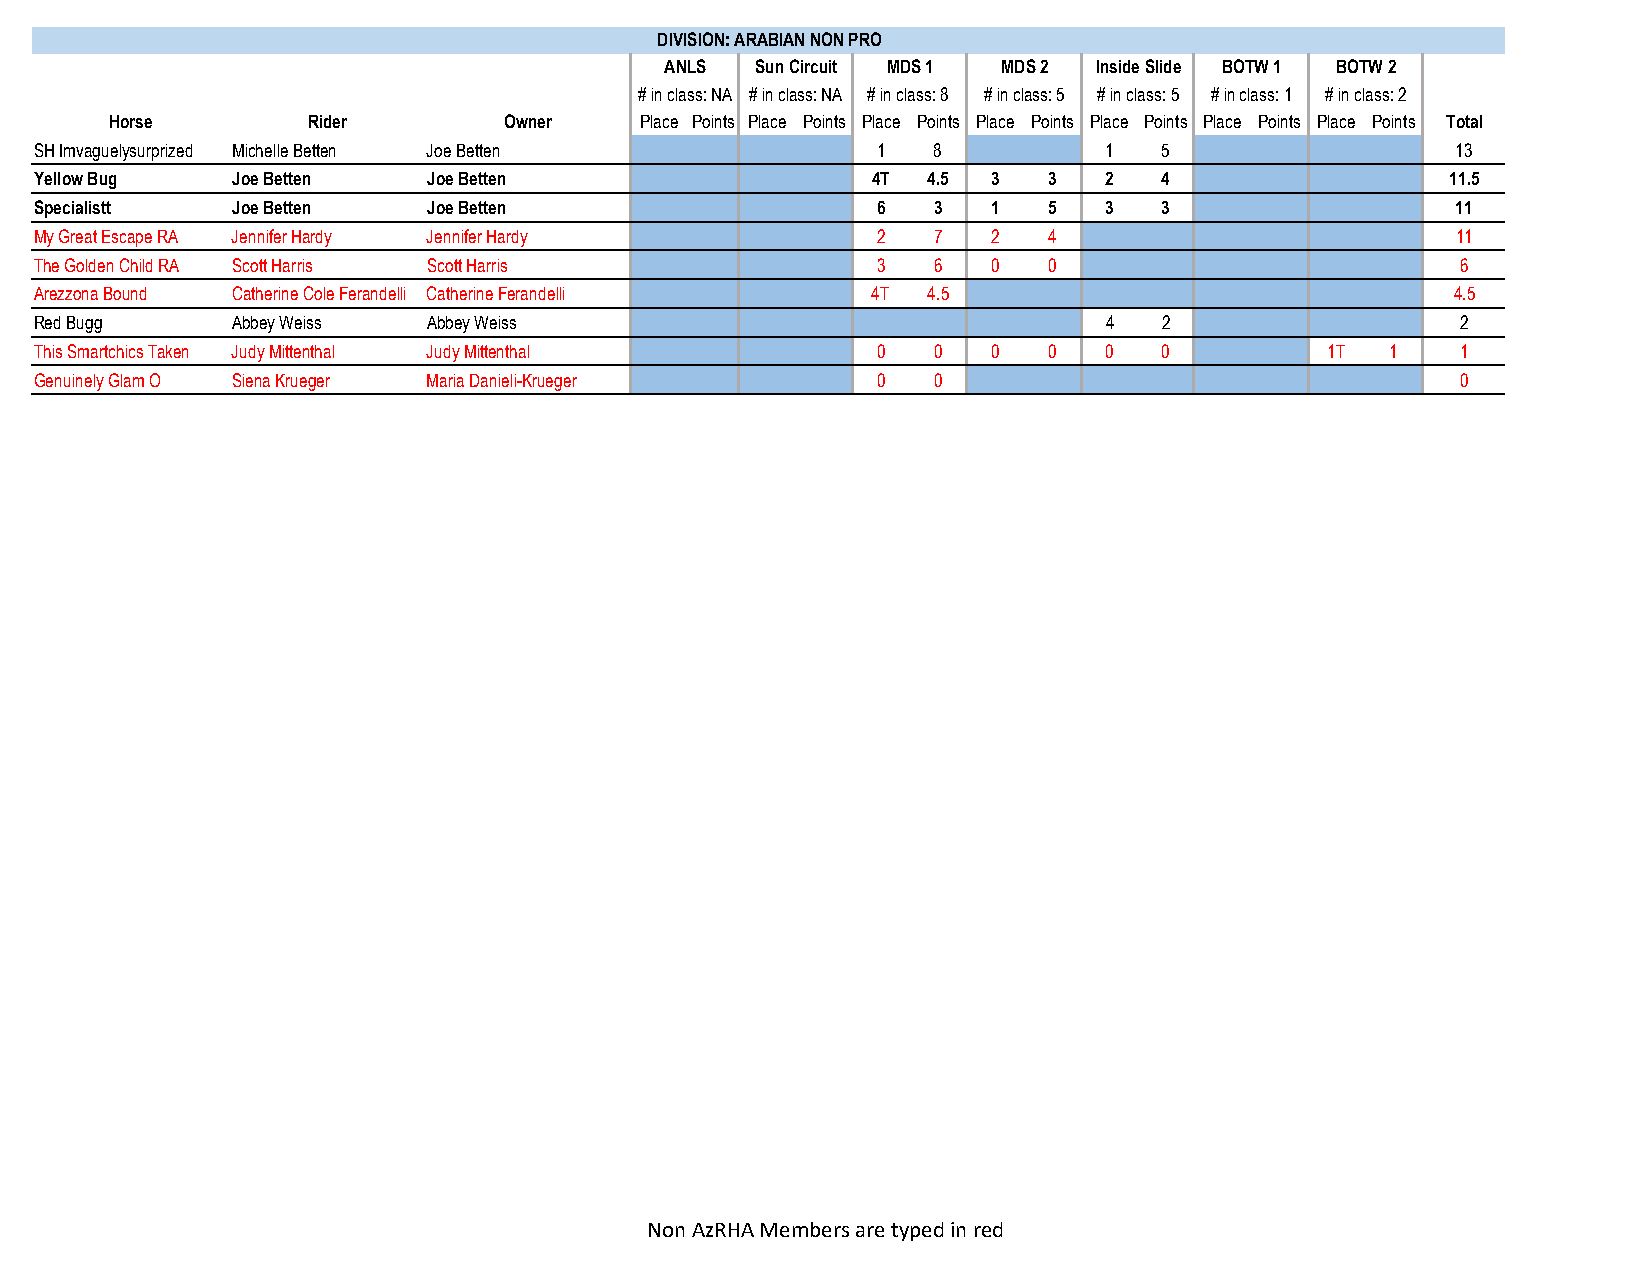
DIVISION: ARABIAN NON PRO
 ANLS  Sun Circuit MDS 1 MDS 2 Inside Slide BOTW 1 BOTW 2
 # in class: NA # in class: NA # in class: 8 # in class: 5 # in class: 5 # in class: 1 # in class: 2
 Horse        Rider        Owner    Place Points Place Points Place Points Place Points Place Points Place Points Place Points Total
 SH Imvaguelysurprized Michelle Betten Joe Betten        1   8          1   5                  13
 Yellow Bug   Joe Betten   Joe Betten                    4T 4.5  3  3   2   4                  11.5
 Specialistt  Joe Betten   Joe Betten                    6   3   1  5   3   3                  11
 My Great Escape RA Jennifer Hardy Jennifer Hardy        2   7   2  4                          11
 The Golden Child RA Scott Harris Scott Harris           3   6   0  0                           6
 Arezzona Bound Catherine Cole Ferandelli Catherine Ferandelli 4T 4.5                          4.5
 Red Bugg     Abbey Weiss  Abbey Weiss                                  4   2                   2
 This Smartchics Taken Judy Mittenthal Judy Mittenthal   0   0   0  0   0   0          1T  1    1
 Genuinely Glam O Siena Krueger Maria Danieli-Krueger    0   0                                  0
 Non AzRHA Members are typed in red